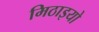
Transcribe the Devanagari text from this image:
मिठाइयो